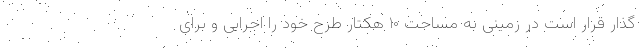
گذار قرار است در زمینی به مساحت ۱۰ هکتار طرح خود را اجرایی و برای